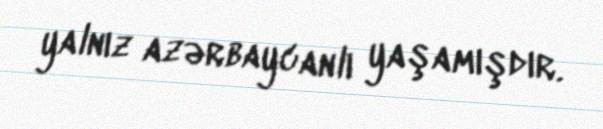
yalnız azərbaycanlı yaşamışdır.